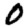
Digit: 0